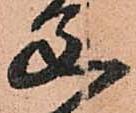
父